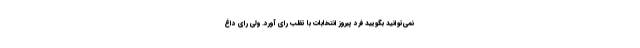
نمی‌توانید بگویید فرد پیروز انتخابات با تقلب رای آورد. ولی رای داغ